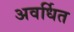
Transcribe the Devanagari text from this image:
अवर्धित